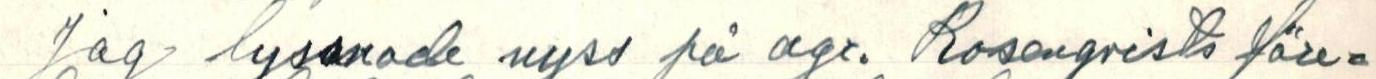
Jag lyssnade nyss på agr. Rosenqvist före=